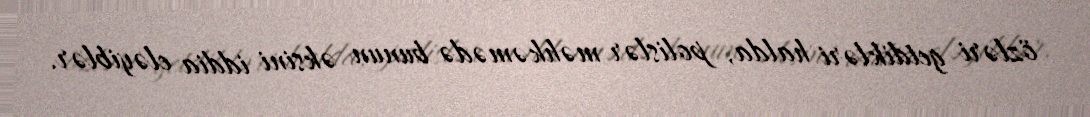
özləri getdikləri halda, polislər məhkəmədə bunun əksini iddia eləyiblər.